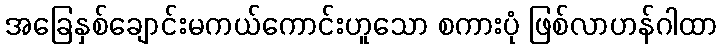
အခြေနှစ်ချောင်းမကယ်ကောင်းဟူသော စကားပုံ ဖြစ်လာဟန်ဂါထာ